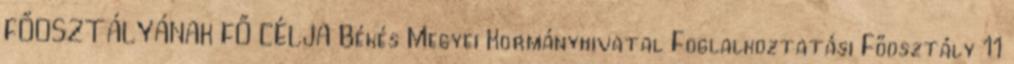
FŐOSZTÁLYÁNAK FŐ CÉLJA Békés Megyei Kormányhivatal Foglalkoztatási Főosztály 11